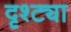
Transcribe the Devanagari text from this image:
दृश्ट्या